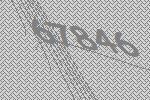
67846